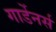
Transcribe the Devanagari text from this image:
गार्डेनर्स